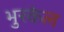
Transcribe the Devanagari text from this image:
भुरकेल